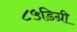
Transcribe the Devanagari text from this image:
८५डिग्री